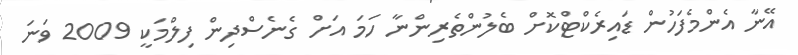
އޭނާ އެންމެފަހުން ޑައިރެކްޓްކޮށް ބެލުންތެރިންނާ ހަމަ އަށް ގެނެސްދިން ފިލްމަކީ 2009 ވަނަ